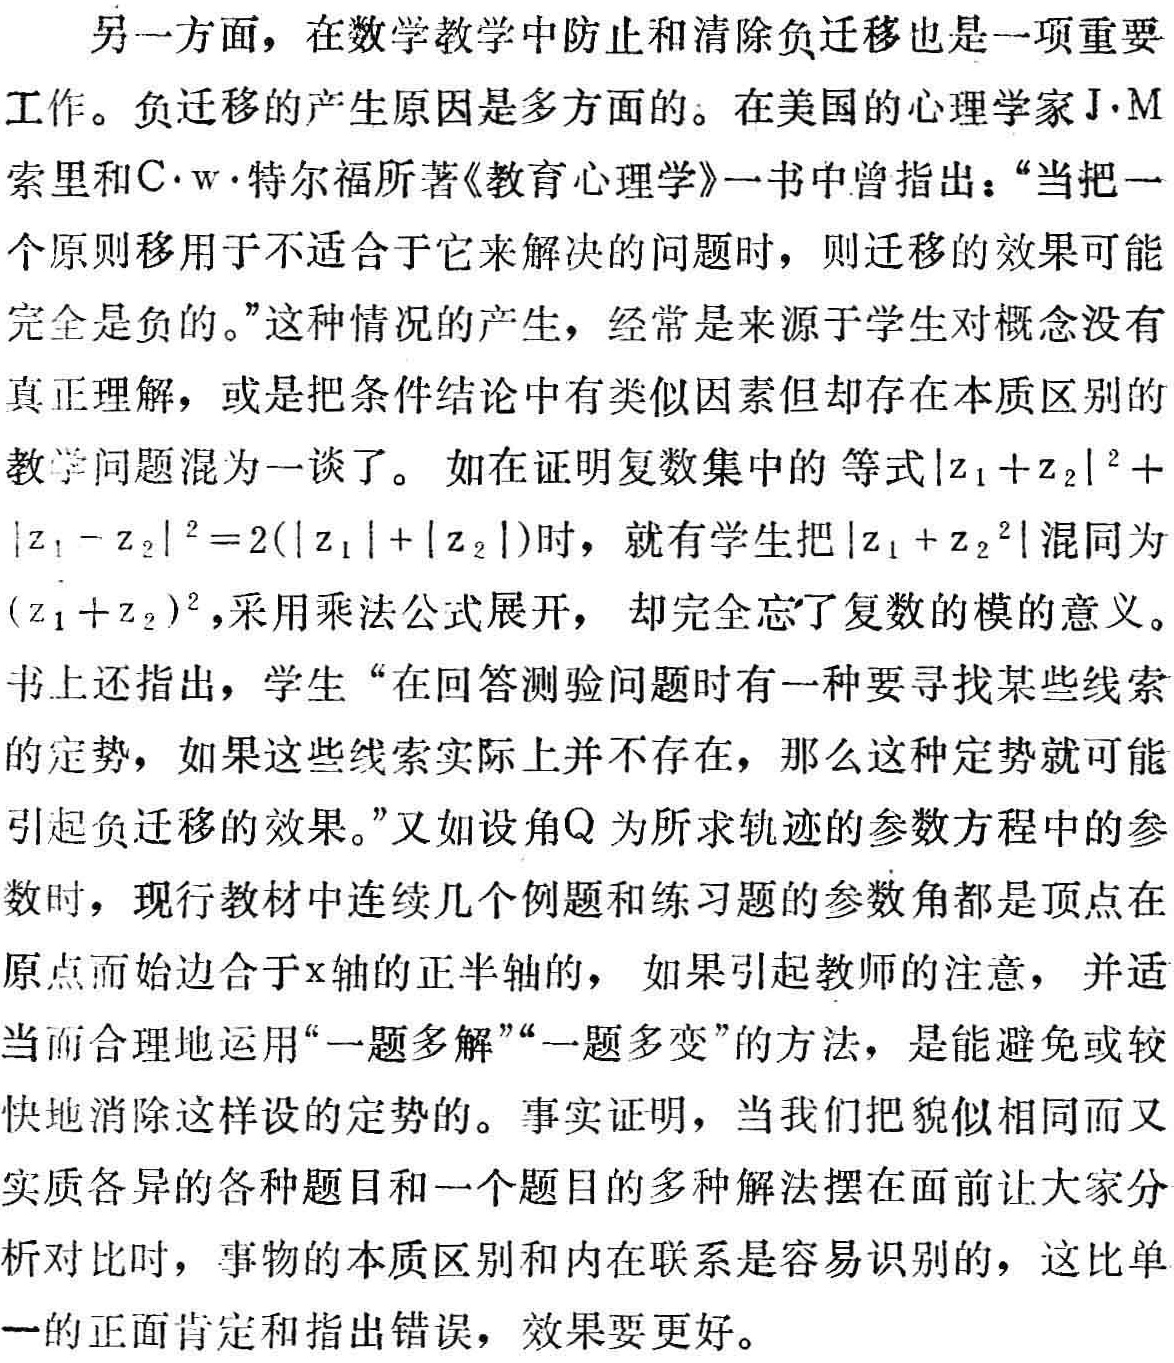
另一方面，在数学教学中防止和清除负迁移也是一项重要

工作。负迁移的产生原因是多方面的。在美国的心理学家J·M

索里和C·w·特尔福所著《教育心理学》一书中曾指出：“当把一

个原则移用于不适合于它来解决的问题时，则迁移的效果可能

完全是负的。”这种情况的产生，经常是来源于学生对概念没有

真正理解，或是把条件结论中有类似因素但却存在本质区别的

教学问题混为一谈了。如在证明复数集中的等式\(|z_1 + z_2|^2 +

|z_1 - z_2|^2 = 2(|z_1| + |z_2|)\)时，就有学生把\(|z_1 + z_2^2|\)混同为

\((z_1 + z_2)^2\)，采用乘法公式展开，却完全忘了复数的模的意义。

书上还指出，学生“在回答测验问题时有一种要寻找某些线索

的定势，如果这些线索实际上并不存在，那么这种定势就可能

引起负迁移的效果。”又如设角\(Q\)为所求轨迹的参数方程中的参数

时，现行教材中连续几个例题和练习题的参数角都是顶点在

原点而始边合于\(x\)轴的正半轴的，如果引起教师的注意，并适

当而合理地运用“一题多解”“一题多变”的方法，是能避免或较

快地消除这样设的定势的。事实证明，当我们把貌似相同而又

实质各异的各种题目和一个题目的多种解法摆在面前让大家分

析对比时，事物的本质区别和内在联系是容易识别的，这比单

一的正面肯定和指出错误，效果要更好。